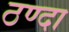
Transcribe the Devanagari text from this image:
ठण्दा